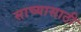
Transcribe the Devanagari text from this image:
साच्यासाठी